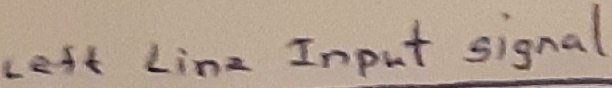
Text: Left lineInput signal